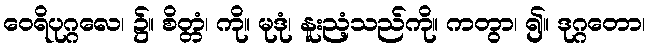
ဝေရိပုဂ္ဂလေ၊ ၌။ စိတ္တံ၊ ကို။ မုဒုံ၊ နူးညံ့သည်ကို။ ကတွာ၊ ၍။ ဒုဂ္ဂတော၊